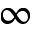
\infty